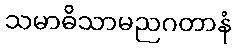
သမာဓိသာမညဂတာနံ